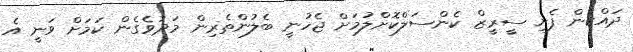
ދައްކަން ފެށި ސީރީޒް ކެންސަލްކޮށްލުމަށް ޖެހުނީ ބެލުންތެރިން މަދުވެގެން ކަމަށް ވަނީ އެ